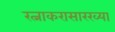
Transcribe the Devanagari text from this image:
रत्नाकरासारख्या